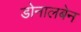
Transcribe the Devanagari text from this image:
डोनालबेन